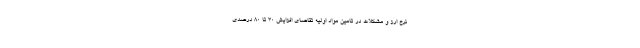
نرخ ارز و مشکلات در تامین مواد اولیه تقاضای افزایش 30 تا 80 درصدی